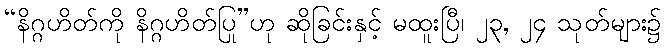
“နိဂ္ဂဟိတ်ကို နိဂ္ဂဟိတ်ပြု”ဟု ဆိုခြင်းနှင့် မထူးပြီ၊ ၂၃, ၂၄ သုတ်များ၌